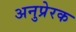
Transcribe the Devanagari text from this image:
अनुप्रेरक